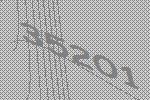
35201